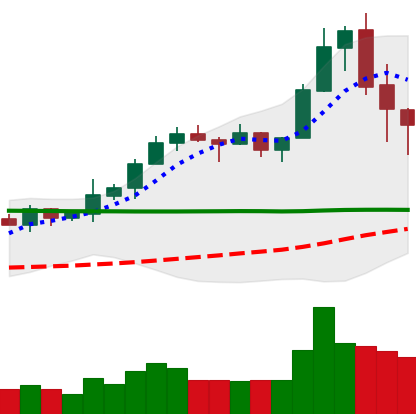
Ticker: XRP-USD
Chart end date: 2020-02-17
Forward return: -3.724%
Label: down_3_5